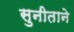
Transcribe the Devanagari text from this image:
सुनीताने